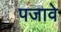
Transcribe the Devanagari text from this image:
पजावे